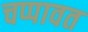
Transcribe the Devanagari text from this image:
चप्पावत